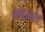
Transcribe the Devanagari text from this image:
कनानोर